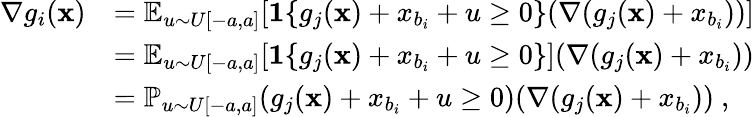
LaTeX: \begin{array}{rl}{\nabla g_{i}(\mathbf x)}&{=\mathbb{E}_{u\sim U[-a,a]}[\mathbf{1}\{ g_{j}(\mathbf x)+x_{b_{i}}+u\ge 0\} (\nabla(g_{j}(\mathbf x)+x_{b_{i}}))]}\\ &{=\mathbb{E}_{u\sim U[-a,a]}[\mathbf{1}\{ g_{j}(\mathbf x)+x_{b_{i}}+u\ge 0\} ](\nabla(g_{j}(\mathbf x)+x_{b_{i}}))}\\ &{=\mathbb{P}_{u\sim U[-a,a]}(g_{j}(\mathbf x)+x_{b_{i}}+u\ge 0)(\nabla(g_{j}(\mathbf x)+x_{b_{i}}))~,}\end{array}